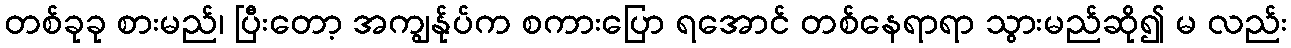
တစ်ခုခု စားမည်၊ ပြီးတော့ အကျွန်ုပ်က စကားပြော ရအောင် တစ်နေရာရာ သွားမည်ဆို၍ မ လည်း